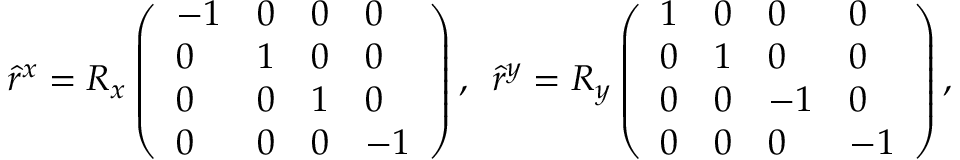
\hat { r } ^ { x } = R _ { x } \left( \begin{array} { l l l l } { - 1 } & { 0 } & { 0 } & { 0 } \\ { 0 } & { 1 } & { 0 } & { 0 } \\ { 0 } & { 0 } & { 1 } & { 0 } \\ { 0 } & { 0 } & { 0 } & { - 1 } \end{array} \right) , \, \, \, \hat { r } ^ { y } = R _ { y } \left( \begin{array} { l l l l } { 1 } & { 0 } & { 0 } & { 0 } \\ { 0 } & { 1 } & { 0 } & { 0 } \\ { 0 } & { 0 } & { - 1 } & { 0 } \\ { 0 } & { 0 } & { 0 } & { - 1 } \end{array} \right) \mathrm { , }